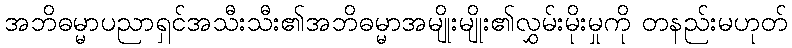
အဘိဓမ္မာပညာရှင်အသီးသီး၏အဘိဓမ္မာအမျိုးမျိုး၏လွှမ်းမိုးမှုကို တနည်းမဟုတ်